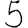
Digit: 5